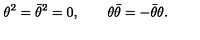
\theta ^ { 2 } = \bar { \theta } ^ { 2 } = 0 , \qquad \theta \bar { \theta } = - \bar { \theta } \theta .